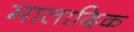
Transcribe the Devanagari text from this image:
मातादिक